Report of the Indian Hemp Drugs Commission, 1894-1895 - Volume VII
Year: 1894
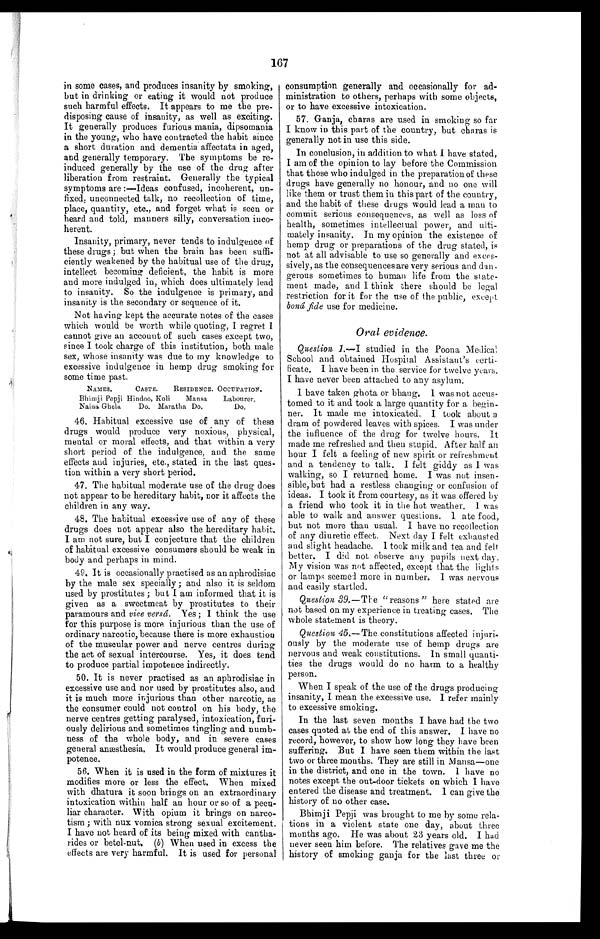
167
in some eases, and produces insanity by smoking,
but in drinking or eating it would not produce
such harmful effects. It appears to me the pre-
disposing cause of insanity, as well as exciting.
It generally produces furious mania, dipsomania
in the young, who have contracted the habit since
a short duration and dementia affectata in aged,
and generally temporary. The symptoms be re-
induced generally by the use of the drug after
liberation from restraint. Generally the typical
symptoms are :—Ideas confused, incoherent, un-
fixed; unconnected talk, no recollection of time,
place, quantity, etc., and forget what is seen or
heard and told, manners silly, conversation inco-
herent.
Insanity, primary, never tends to indulgence of
these drugs ; but when the brain has been suffi-
ciently weakened by the habitual use of the drug,
intellect becoming deficient, the habit is more
and more indulged in, which does ultimately lead
to insanity. So the indulgence is primary, and
insanity is the secondary or sequence of it.
Not having kept the accurate notes of the cases
which would be worth while quoting, I regret I
cannot give an account of such cases except two,
since I took charge of this institution, both male
sex, whose insanity was due to my knowledge to
excessive indulgence in hemp drug smoking for
some time past.
NAMES. CASTE. RESIDENCE. OCCUPATION.
Bhimji Pepji Hindoo, Koli Mansa Labourer.
Naina Ghela Do. Maratha Do. Do.
46. Habitual excessive use of any of these
drugs would produce very noxious, physical,
mental or moral effects, and that within a very
short period of the indulgence, and the same
effects and injuries, etc., stated in the last ques-
tion within a very short period.
47. The habitual moderate use of the drug does
not appear to be hereditary habit, nor it affects the
children in any way.
48. The habitual excessive use of any of these
drugs does not appear also the hereditary habit.
I am not sure, but I conjecture that the children
of habitual excessive consumers should be weak in
body and perhaps in mind.
49. It is occasionally practised as an aphrodisiac
by the male sex specially ; and also it is seldom
used by prostitutes ; but I am informed that it is
given as a sweetmeat by prostitutes to their
paramours and vice versá. Yes ; I think the use
for this purpose is more injurious than the use of
ordinary narcotic, because there is more exhaustion
of the muscular power and nerve centres during
the act of sexual intercourse. Yes, it does tend
to produce partial impotence indirectly.
50. It is never practised as an aphrodisiac in
excessive use and nor used by prostitutes also, and
it is much more injurious than other narcotic, as
the consumer could not control on his body, the
nerve centres getting paralysed, intoxication, furi-
ously delirious and sometimes tingling and numb-
ness of the whole body, and in severe cases
general anæsthesia.. It would produce general im-
potence.
56. When it is used in the form of mixtures it
modifies more or less the effect. When mixed
with dhatura it soon brings on an extraordinary
intoxication within half au hour or so of a pecu-
liar character. With opium it brings on narco-
tism ; with nux vomica strong sexual excitement.
I have not heard of its being mixed with cantha-
rides or betel-nut. (b) When used in excess the
effects are very harmful. It is used for personal
consumption generally and occasionally for ad-
ministration to others, perhaps with some objects,
or to have excessive intoxication.
57. Ganja, charas are used in smoking so far
I know in this part of the country, but charas is
generally not in use this side.
In conclusion, in addition to what I have stated,
I am of the opinion to lay before the Commission
that those who indulged in the preparation of these
drugs have generally no honour, and no one will
like them or trust them in this part of the country,
and the habit of these drugs would lead a man to
commit serious consequences, as well as loss of
health, sometimes intellectual power, and ulti-
mately insanity. In my opinion the existence of
hemp drug or preparations of the drug stated, is
not at all advisable to use so generally and exces-
sively, as the consequences are very serious and dan-
gerous sometimes to human life from the state-
ment made, and I think there should be legal
restriction for it for the use of the public, except
boná fide use for medicine.
Oral evidence.
Question 1.— I studied in the Poona Medical
School and obtained Hospital Assistant's certi-
ficate. I have been in the service for twelve years.
I have never been attached to any asylum.
I have taken ghota or bhang. I was not accus-
tomed to it and took a large quantity for a begin-
ner. It made me intoxicated. I took about a
dram of powdered leaves with spices. I was under
the influence of the drug for twelve hours. It
made me refreshed and then stupid. After half an
hour I felt a feeling of new spirit or refreshment
and a tendency to talk. I felt giddy as I was
walking, so I returned home. I was not insen-
sible, but had a restless changing or confusion of
ideas. I took it from courtesy, as it was offered by
a friend who took it in the hot weather. I was
able to walk and answer questions. I ate food,
but not more than usual. I have no recollection
of any diuretic effect. Next day I felt exhausted
and slight headache. I took milk and tea and felt
better. I did not observe any pupils next day.
My vision was not affected, except that the lights
or lamps seemed more in number. I was nervous
and easily startled.
Question 39.—The "reasons " here stated are
not based on my experience in treating cases. The
whole statement is theory.
Question 45.—The constitutions affected injuri-
ously by the moderate use of hemp drugs are
nervous and weak constitutions. In small quanti-
ties the drugs would do no harm to a healthy
person.
When. I speak of the use of the drugs producing
insanity, I mean the excessive use. I refer mainly
to excessive smoking.
In the last seven months I have had the two
cases quoted at the end of this answer. I have no
record, however, to show how long they have been
suffering. But I have seen them within the last
two or three months. They are still in Mansa—one
in the district, and one in the town. 1 have no
notes except the out-door tickets on which I have
entered the disease and treatment. I can give the
history of no other case.
Bhimji Pepji was brought to me by some rela-
tions in a violent state one day, about three
months ago. He was about 23 years old. I had.
never seen him before. The relatives gave me the
history of smoking ganja for the last three or